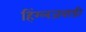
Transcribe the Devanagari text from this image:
हिंग्लजवाडी